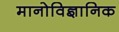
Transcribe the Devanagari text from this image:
मानोविज्ञानिक